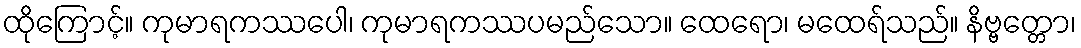
ထိုကြောင့်။ ကုမာရကဿပေါ၊ ကုမာရကဿပမည်သော။ ထေရော၊ မထေရ်သည်။ နိဗ္ဗတ္တော၊